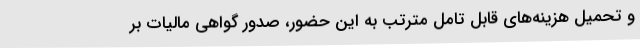
و تحمیل هزینه‌های قابل تامل مترتب به این حضور، صدور گواهی مالیات بر